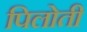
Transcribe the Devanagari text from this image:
पिलोती